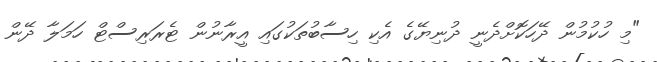
"މި ހުކުމުން ދޭހަކޮށްދެނީ ދުނިޔޭގެ އެކި ހިސާބުތަކުގައި އީރާނުން ޓެރަރިސްޓް ހަމަލާ ދޭން